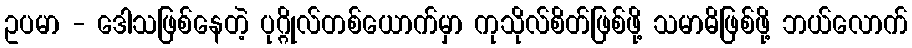
ဥပမာ - ဒေါသဖြစ်နေတဲ့ ပုဂ္ဂိုလ်တစ်ယောက်မှာ ကုသိုလ်စိတ်ဖြစ်ဖို့ သမာဓိဖြစ်ဖို့ ဘယ်လောက်